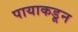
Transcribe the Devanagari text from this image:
पायाकडून